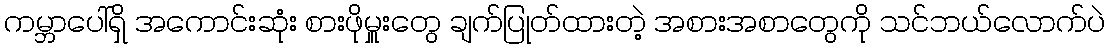
ကမ္ဘာပေါ်ရှိ အကောင်းဆုံး စားဖိုမှူးတွေ ချက်ပြုတ်ထားတဲ့ အစားအစာတွေကို သင်ဘယ်လောက်ပဲ